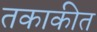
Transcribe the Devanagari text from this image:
तकाकीत